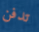
تدفن